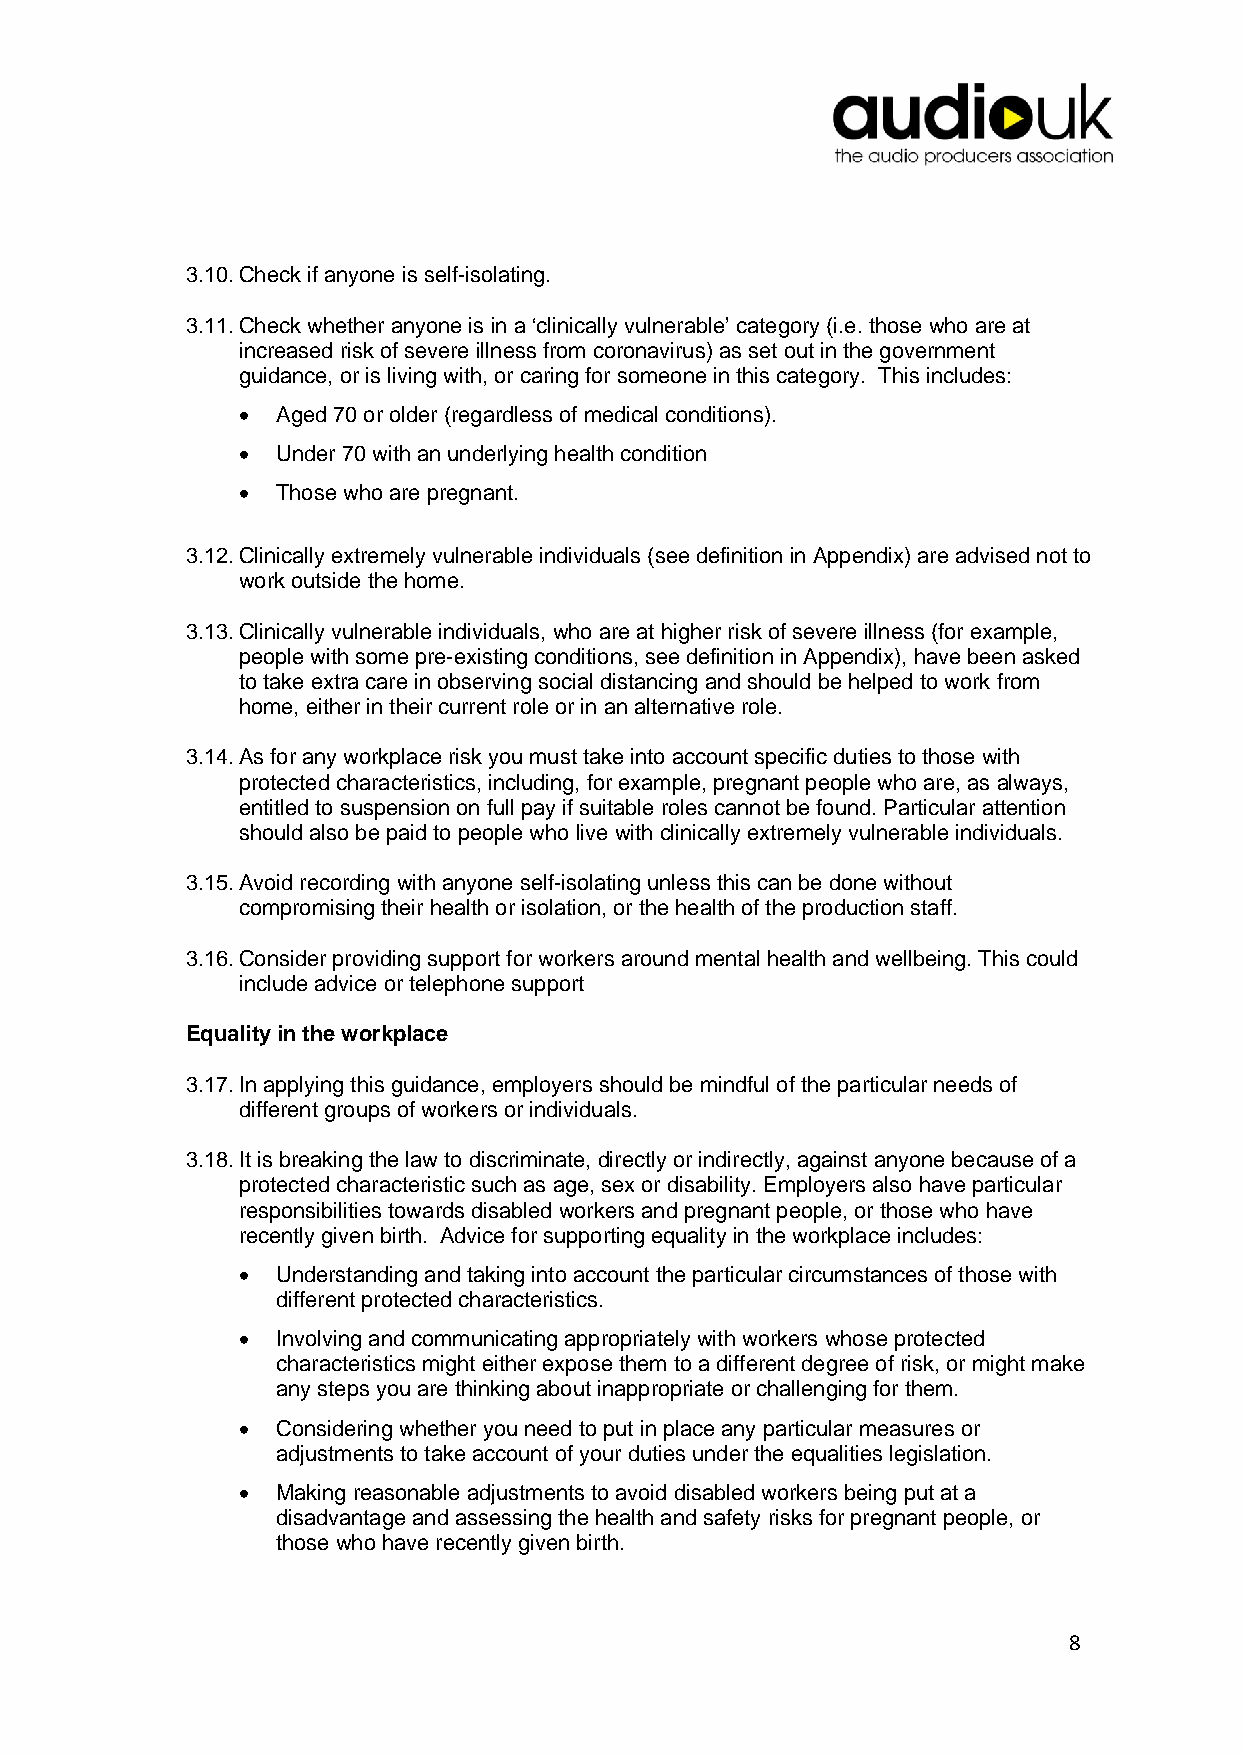
3.10. Check if anyone is self-isolating.
 3.11. Check whether anyone is in a ‘clinically vulnerable’ category (i.e. those who are at
 increased risk of severe illness from coronavirus) as set out in the government
 guidance, or is living with, or caring for someone in this category. This includes:
 • Aged 70 or older (regardless of medical conditions).
 • Under 70 with an underlying health condition
 • Those who are pregnant.
 3.12. Clinically extremely vulnerable individuals (see definition in Appendix) are advised not to
 work outside the home.
 3.13. Clinically vulnerable individuals, who are at higher risk of severe illness (for example,
 people with some pre-existing conditions, see definition in Appendix), have been asked
 to take extra care in observing social distancing and should be helped to work from
 home, either in their current role or in an alternative role.
 3.14. As for any workplace risk you must take into account specific duties to those with
 protected characteristics, including, for example, pregnant people who are, as always,
 entitled to suspension on full pay if suitable roles cannot be found. Particular attention
 should also be paid to people who live with clinically extremely vulnerable individuals.
 3.15. Avoid recording with anyone self-isolating unless this can be done without
 compromising their health or isolation, or the health of the production staff.
 3.16. Consider providing support for workers around mental health and wellbeing. This could
 include advice or telephone support
 Equality in the workplace
 3.17. In applying this guidance, employers should be mindful of the particular needs of
 different groups of workers or individuals.
 3.18. It is breaking the law to discriminate, directly or indirectly, against anyone because of a
 protected characteristic such as age, sex or disability. Employers also have particular
 responsibilities towards disabled workers and pregnant people, or those who have
 recently given birth. Advice for supporting equality in the workplace includes:
 • Understanding and taking into account the particular circumstances of those with
 different protected characteristics.
 • Involving and communicating appropriately with workers whose protected
 characteristics might either expose them to a different degree of risk, or might make
 any steps you are thinking about inappropriate or challenging for them.
 • Considering whether you need to put in place any particular measures or
 adjustments to take account of your duties under the equalities legislation.
 • Making reasonable adjustments to avoid disabled workers being put at a
 disadvantage and assessing the health and safety risks for pregnant people, or
 those who have recently given birth.
 8